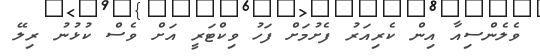
ވެލެންސިއާ އިން ކެރިއަރު ފެށުމަށް ފަހު ވިކްޓަރީ އަށް ވެސް ކުޅުނު ރިލޭ